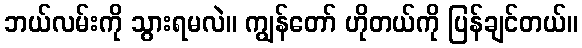
ဘယ်လမ်းကို သွားရမလဲ။ ကျွန်တော် ဟိုတယ်ကို ပြန်ချင်တယ်။